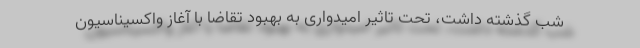
شب گذشته داشت، تحت تاثیر امیدواری به بهبود تقاضا با آغاز واکسیناسیون